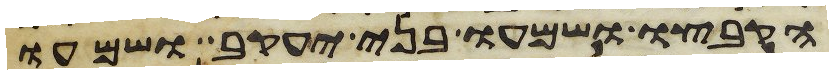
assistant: הקבצו ושמעו בני יעקב ושמעו